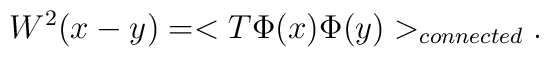
W^{2}(x-y)=<T\Phi(x)\Phi(y)>_{connected}.